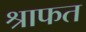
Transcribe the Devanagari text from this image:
श्राफत